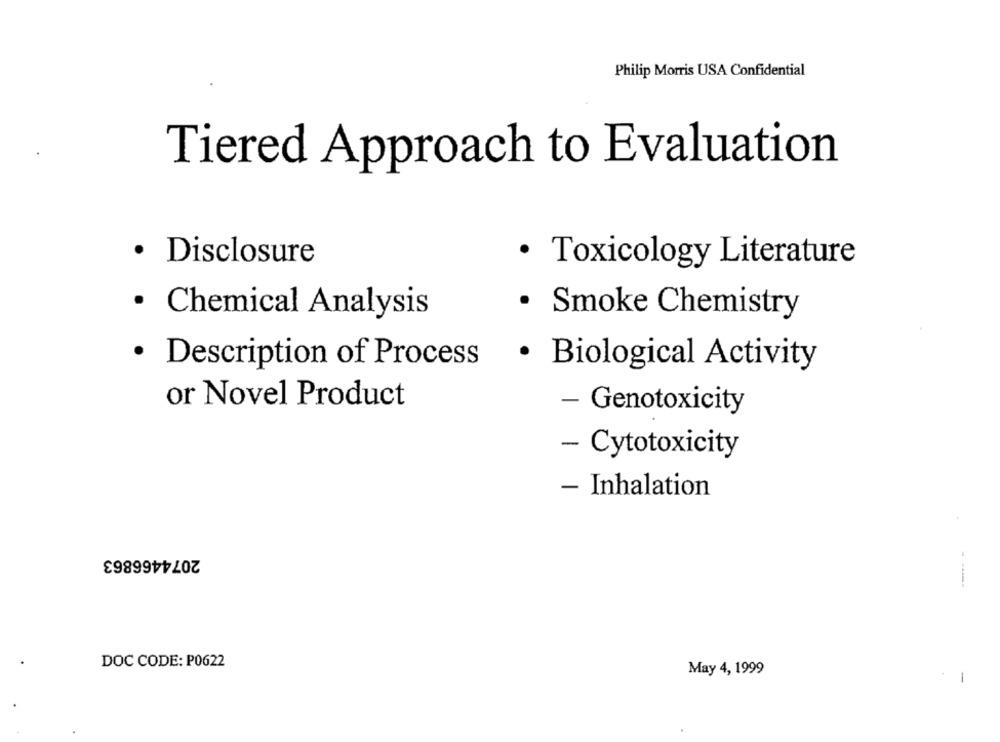
Philip Morris USA Confidential
Tiered Approach to Evaluation
· Disclosure
· Toxicology Literature
· Chemical Analysis
· Smoke Chemistry
· Description of Process
· Biological Activity
or Novel Product
- Genotoxicity
- Cytotoxicity
- Inhalation
2074466863
DOC CODE: P0622
May 4, 1999
1